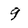
Character: 9